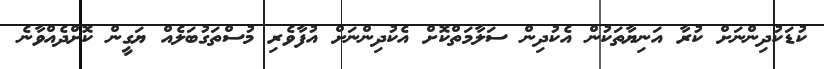
ކުޑަކުދިންނަށް ކުރާ އަނިޔާތަކުން އެކުދިން ސަލާމަތްކޮށް އެކުދިންނަށް އުފާވެރި މުސްތަގުބަލެއް ޔަގީން ކޮށްދެއްވާނެ